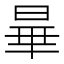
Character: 𬀽